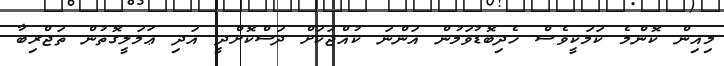
މިއިން ކޮންމެ ކަމަކީވެސް ހެދިބޮޑުވަމުން އަންނަ ކުއްޖަކަށް ދަސްކޮށްދީ އަދި ޢަމަލީގޮތުން ތަޖްރިބާ